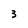
Character: 3